Scottish Leaving Certificate Examination, 1953
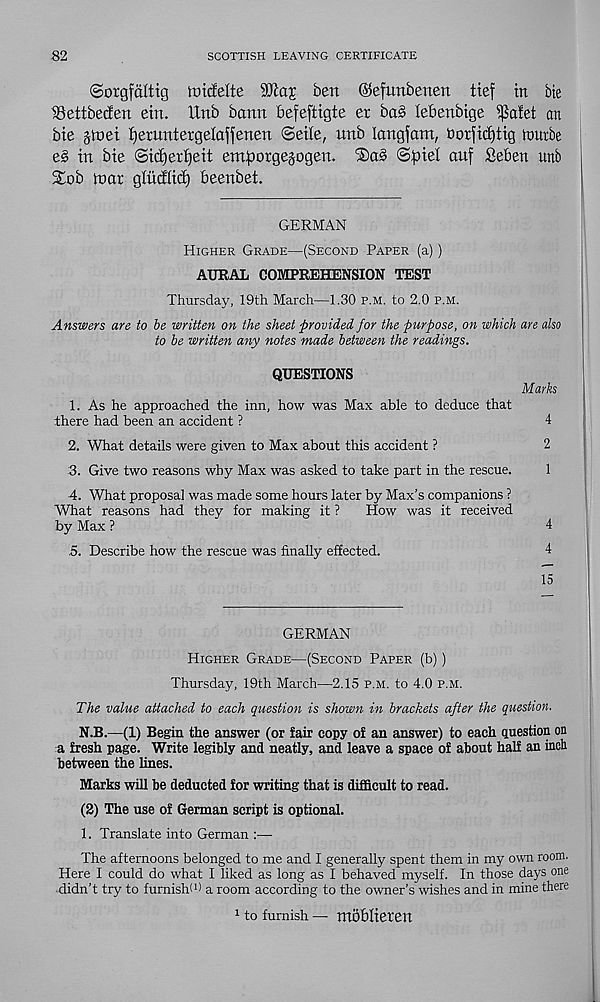
82
SCOTTISH LEAVING CERTIFICATE
©orgfciltig tmcfelte
ben ©efunbenen tief in bie
Settbecfen etn. Unb bonn befeftigte er bas lebenbtge ^afet an
bte jtnei Ijeruntergelaffenen ©eile, nnb longfam, borfidjtig murbe
e§ in bie ©ic£)er£)eit emporgejogen. < 3)a§ ©pie! auf Seben unb
£ob inar glniJKtp beenbet.
GERMAN
Higher Grade—(Second Paper (a))
AURAL COMPREHENSION TEST
Thursday, 19th March—1.30 p.m. to 2.0 p.m.
Answers are to be written on the sheet provided for the purpose, on which are also
to be written any notes made between the readings.
QUESTIONS
1. As he approached the inn, how was Max able to deduce that
there had been an accident ?
Marks
4
2. What details were given to Max about this accident ?
2
3. Give two reasons why Max was asked to take part in the rescue.
1
•4. What proposal was made some hours later by Max’s companions ?
What reasons had they for making it ?
How was it received
by Max ?
4
.5. Describe how the rescue was finally effected.
4
15
GERMAN
Higher Grade—(Second Paper (b))
Thursday, 19th March—2.15 p.m. to 4.0 p.m.
The value attached to each question is shown in brackets after the question.
N.B.—(1) Begin the answer (or fair copy of an answer) to each question on
a fresh page. Write legibly and neatly, and leave a space of about half an incli
between the lines.
Marks will be deducted for writing that is difficult to read.
(2) The use of German script is optional.
1. Translate into German :—•
The afternoons belonged to me and I generally spent them in my own room.
Here I could do what I liked as long as I behaved myself. In those days one
didn’t try to furnish! 1 ) a room according to the owner’s wishes and in mine there
1 to furnish —• moblteteit